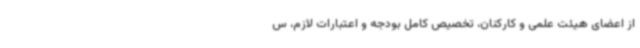
از اعضای هیئت علمی و کارکنان، تخصیص کامل بودجه و اعتبارات لازم، س